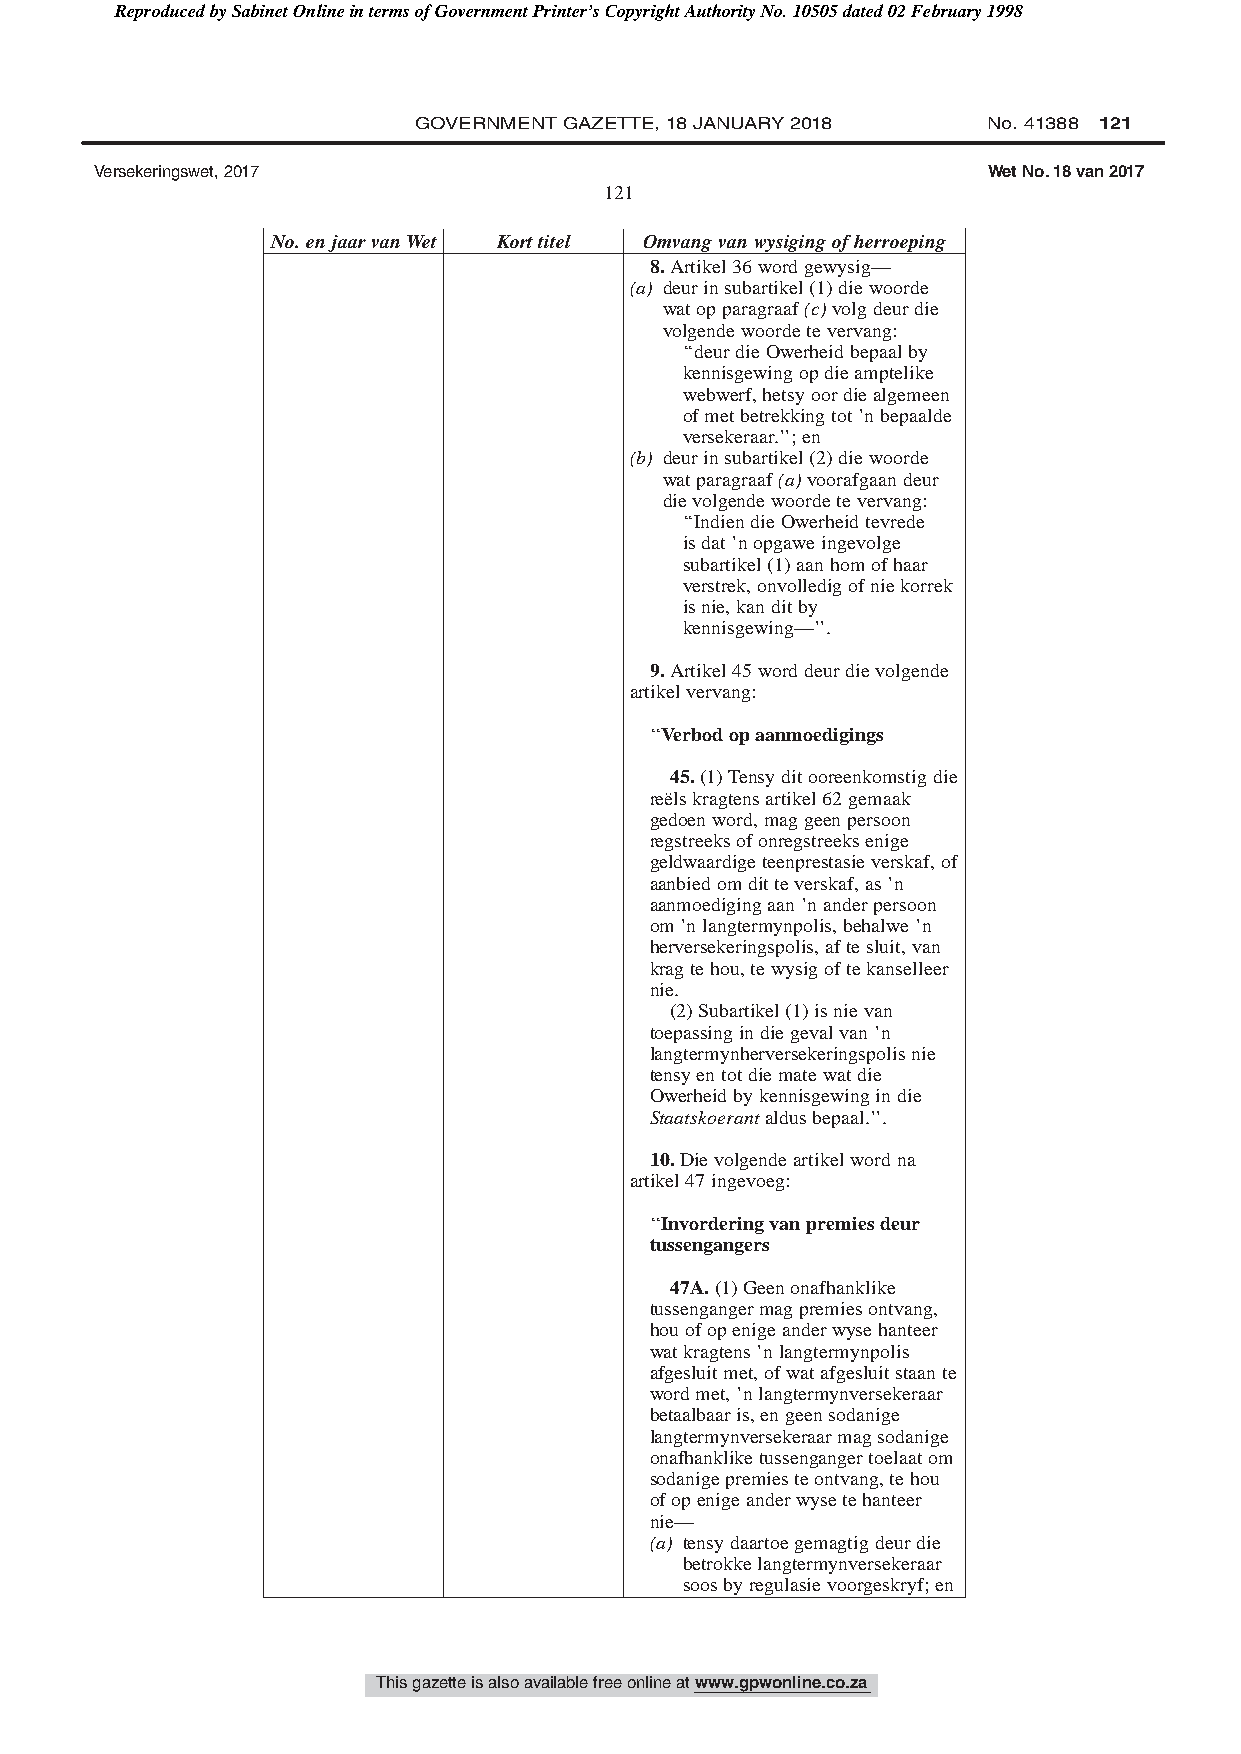
Reproduced by Sabinet Online in terms of Government Printer’s Copyright Authority No. 10505 dated 02 February 1998
 GOVERNMENT GAZETTE, 18 JANUARY 2018   No. 41388 121
 Versekeringswet, 2017                                      Wet No. 18 van 2017
 121
 No.enjaarvanWet Korttitel Omvangvanwysigingofherroeping
 8.Artikel36wordgewysig—
 (a) deurinsubartikel(1)diewoorde
 watopparagraaf(c)volgdeurdie
 volgendewoordetevervang:
 ‘‘deurdieOwerheidbepaalby
 kennisgewingopdieamptelike
 webwerf,hetsyoordiealgemeen
 ofmetbetrekkingtot’nbepaalde
 versekeraar.’’;en
 (b) deurinsubartikel(2)diewoorde
 watparagraaf(a)voorafgaandeur
 dievolgendewoordetevervang:
 ‘‘IndiendieOwerheidtevrede
 isdat’nopgaweingevolge
 subartikel(1)aanhomofhaar
 verstrek,onvolledigofniekorrek
 isnie,kanditby
 kennisgewing—’’.
 9.Artikel45worddeurdievolgende
 artikelvervang:
 ‘‘Verbodopaanmoedigings
 45.(1)Tensyditooreenkomstigdie
 reëlskragtensartikel62gemaak
 gedoenword,maggeenpersoon
 regstreeksofonregstreeksenige
 geldwaardigeteenprestasieverskaf,of
 aanbiedomditteverskaf,as’n
 aanmoedigingaan’nanderpersoon
 om’nlangtermynpolis,behalwe’n
 herversekeringspolis,aftesluit,van
 kragtehou,tewysigoftekanselleer
 nie.
 (2)Subartikel(1)isnievan
 toepassingindiegevalvan’n
 langtermynherversekeringspolisnie
 tensyentotdiematewatdie
 Owerheidbykennisgewingindie
 Staatskoerantaldusbepaal.’’.
 10.Dievolgendeartikelwordna
 artikel47ingevoeg:
 ‘‘Invorderingvanpremiesdeur
 tussengangers
 47A.(1)Geenonafhanklike
 tussengangermagpremiesontvang,
 houofopenigeanderwysehanteer
 watkragtens’nlangtermynpolis
 afgesluitmet,ofwatafgesluitstaante
 wordmet,’nlangtermynversekeraar
 betaalbaaris,engeensodanige
 langtermynversekeraarmagsodanige
 onafhankliketussengangertoelaatom
 sodanigepremiesteontvang,tehou
 ofopenigeanderwysetehanteer
 nie—
 (a) tensydaartoegemagtigdeurdie
 betrokkelangtermynversekeraar
 soosbyregulasievoorgeskryf;en
 This gazette is also available free online at www.gpwonline.co.za